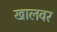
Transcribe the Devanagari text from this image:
खालवर